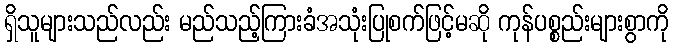
ရှိသူများသည်လည်း မည်သည့်ကြားခံအသုံးပြုစက်ဖြင့်မဆို ကုန်ပစ္စည်းများစွာကို